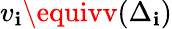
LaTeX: v_{\mathbf{i}}\equivv(\Delta_{\mathbf{i}})